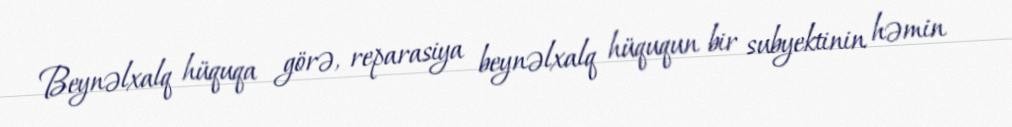
Beynəlxalq hüquqa görə, reparasiya beynəlxalq hüququn bir subyektinin həmin